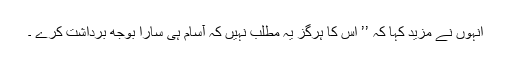
انہوں نے مزید کہا کہ ’’ اس کا ہرگز یہ مطلب نہیں کہ آسام ہی سارا بوجھ برداشت کرے ۔